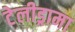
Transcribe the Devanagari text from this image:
टेलीड्रामा